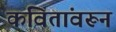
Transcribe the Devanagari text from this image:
कवितांवरून